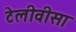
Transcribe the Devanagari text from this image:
टेलीवीसा